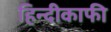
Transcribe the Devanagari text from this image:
हिन्दीकाफी